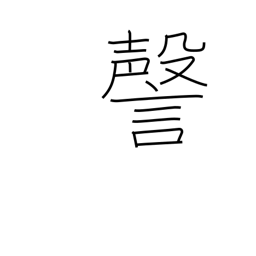
Meaning: coughing